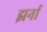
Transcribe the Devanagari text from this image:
झर्ना